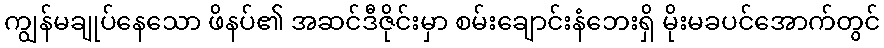
ကျွန်မချုပ်နေသော ဖိနပ်၏ အဆင်ဒီဇိုင်းမှာ စမ်းချောင်းနံဘေးရှိ မိုးမခပင်အောက်တွင်